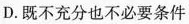
D.既不充分也不必要条件